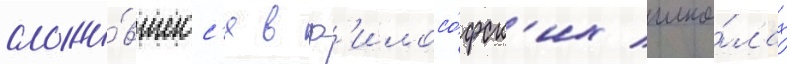
сложи́вшегос'я в ф'илосо́фск'их шко́лах